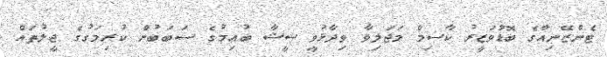
ޓެންޒޭނިއާގެ ބޮޑުވަޒީރު ކާސިމް މަޖަލިވާ ވިދާޅުވީ ޝީޝާ ބުއިމުގެ ސަބަބުން ކުރިމަގުގެ ޖީލުތައް